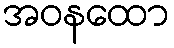
အဝနထော